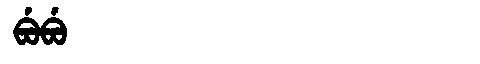
Manchu: ᠪᡠᠪᡠ
Romanization: BUBU